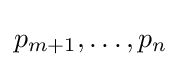
p_{m+1},\ldots ,p_{n}